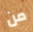
من